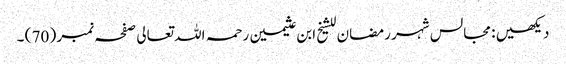
دیکھیں : مجالس شہر رمضان للشیخ ابن عثیمین رحمہ اللہ تعالی صفحہ نمبر ( 70 ) ۔